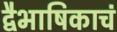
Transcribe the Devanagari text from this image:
द्वैभाषिकाचं